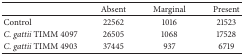
<table><thead><tr><td><b> </b></td><td><b>Absent</b></td><td><b>Marginal</b></td><td><b>Present</b></td></tr></thead><tbody><tr><td>Control</td><td>22562</td><td>1016</td><td>21523</td></tr><tr><td><i>C. gattii </i>TIMM 4097</td><td>26505</td><td>1068</td><td>17528</td></tr><tr><td><i>C. gattii </i>TIMM 4903</td><td>37445</td><td>937</td><td>6719</td></tr></tbody></table>